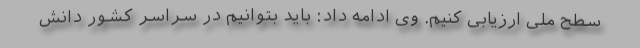
سطح ملی ارزیابی کنیم. وی ادامه داد: باید بتوانیم در سراسر کشور دانش